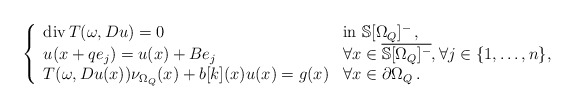
\begin{align*} \left \lbrace \begin{array}{ll} \mathrm{div}\, T(\omega, Du )= 0 & \mathrm{in}\ {\mathbb{S}} [\Omega_Q]^-\,, \\u(x+qe_j) =u(x) +Be_j& \textrm{$\forall x \in \overline{\mathbb{S}[\Omega_Q]^{-}}, \forall j\in \{1,\dots,n\}$}, \\T(\omega,Du(x))\nu_{\Omega_Q}(x)+ b[k](x)u(x)=g(x) & \textrm{$\forall x \in \partial \Omega_Q$}\,. \end{array} \right. \end{align*}